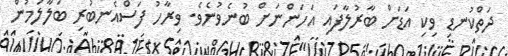
ދަތްކުނޑި ވިކި އަޑަށް ބާރުލާފައި އަހަންނަށް ބުނެވުނެވެ. ވިރާހު ފަސްއެނބުރި ބަލާލަމުން